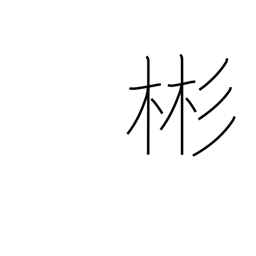
Meaning: refined